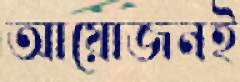
আয়োজনই